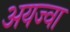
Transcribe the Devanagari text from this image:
अयज्वा